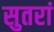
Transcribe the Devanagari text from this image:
सुतरां